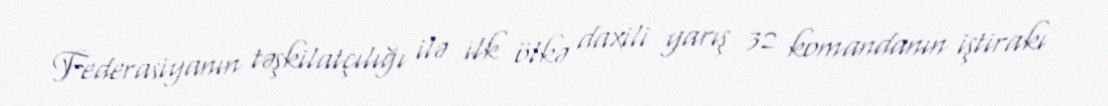
Federasiyanın təşkilatçılığı ilə ilk ölkə daxili yarış 32 komandanın iştirakı